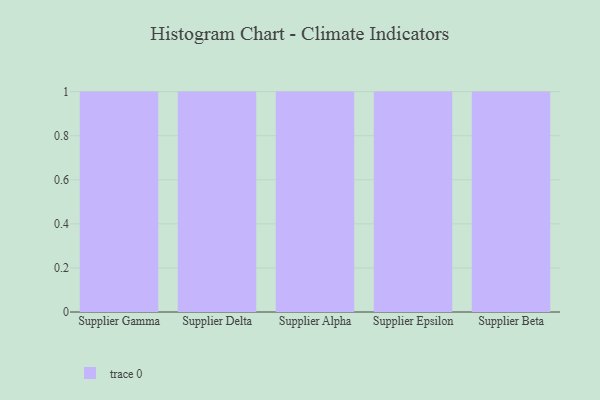
{"axis": {"x": "Supplier", "y": "Waste Production (Tons)"}, "legend": [""], "data": [{"x": "Supplier Gamma", "y": 21, "type": ""}, {"x": "Supplier Delta", "y": 27, "type": ""}, {"x": "Supplier Alpha", "y": 46, "type": ""}, {"x": "Supplier Epsilon", "y": 98, "type": ""}, {"x": "Supplier Beta", "y": 43, "type": ""}]}